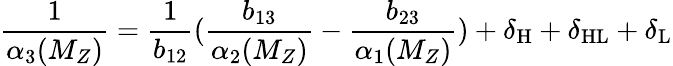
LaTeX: \frac{1}{\alpha_{3}(M_{Z})}=\frac{1}{b_{12}}(\frac{b_{13}}{\alpha_{2}(M_{Z})}-\frac{b_{23}}{\alpha_{1}(M_{Z})})+\delta_{\mathrm{H}}+\delta_{\mathrm{HL}}+\delta_{\mathrm{L}}